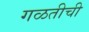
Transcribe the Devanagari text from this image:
गळतीची